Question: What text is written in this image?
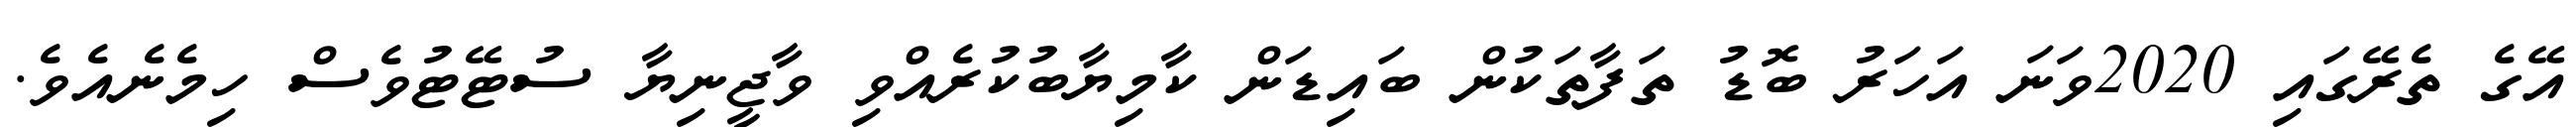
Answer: އޭގެ ތެރޭގައި 2020ވަނަ އަހަރު ބޮޑު ތަފާތަކުން ބައިޑަން ކާމިޔާބުކުރެއްވި ވާޖީނިޔާ ސުޓޭޓުވެސް ހިމެނެއެވެ.